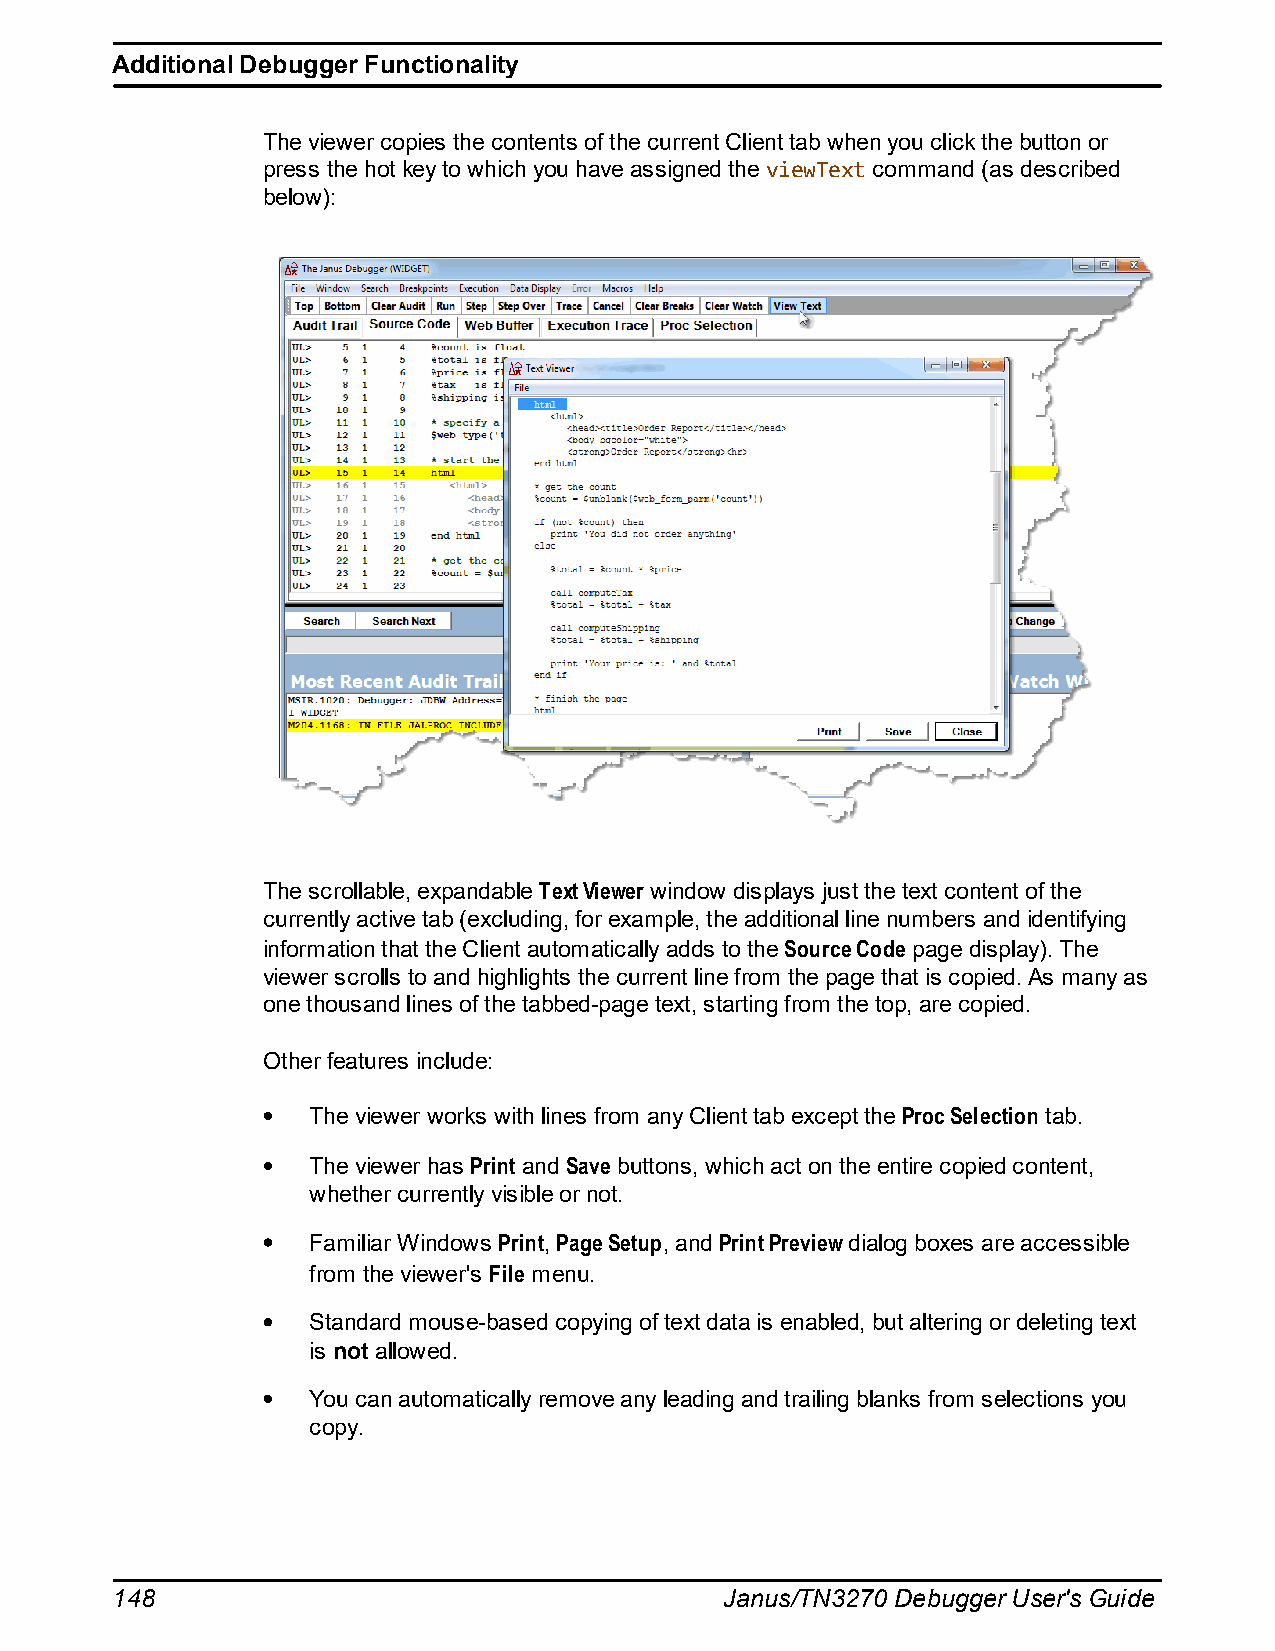
Additional Debugger Functionality
 The viewer copies the contents of the current Client tab when you click the button or
 press the hot key to which you have assigned the viewText command (as described
 below):
 The scrollable, expandable Text Viewer window displays just the text content of the
 currently active tab (excluding, for example, the additional line numbers and identifying
 information that the Client automatically adds to the Source Code page display). The
 viewer scrolls to and highlights the current line from the page that is copied. As many as
 one thousand lines of the tabbed-page text, starting from the top, are copied.
 Other features include:
 The viewer works with lines from any Client tab except the Proc Selection tab.
 The viewer has Print and Save buttons, which act on the entire copied content,
 whether currently visible or not.
 Familiar Windows Print, Page Setup, and Print Preview dialog boxes are accessible
 from the viewer's File menu.
 Standard mouse-based copying of text data is enabled, but altering or deleting text
 is not allowed.
 You can automatically remove any leading and trailing blanks from selections you
 copy.
 148                                      Janus/TN3270 Debugger User's Guide